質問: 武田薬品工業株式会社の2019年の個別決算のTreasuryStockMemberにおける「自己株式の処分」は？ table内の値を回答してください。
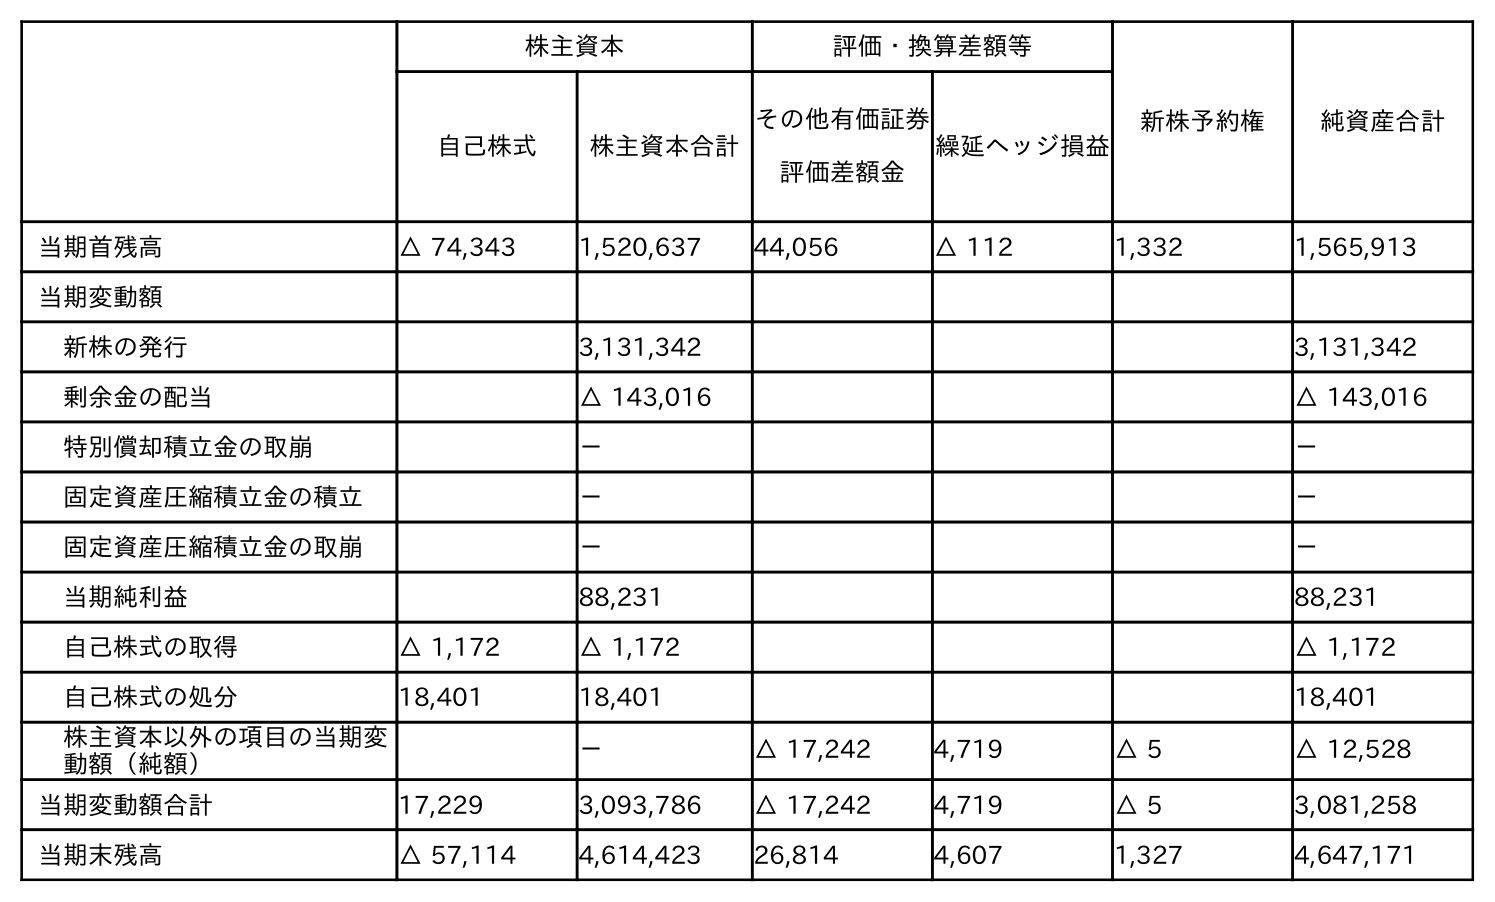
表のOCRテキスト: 株主資本 評価・換算差額等 新株予約権 純資産合計 自己株式 株主資本合計 その他有価証券 評価差額金 繰延ヘッジ損益 当期首残高 △ 74,343 1,520,637 44,056 △ 112 1,332 1,565,913 当期変動額 新株の発行 3,131,342 3,131,342 剰余金の配当 △ 143,016 △ 143,016 特別償却積立金の取崩 － － 固定資産圧縮積立金の積立 － － 固定資産圧縮積立金の取崩 － － 当期純利益 88,231 88,231 自己株式の取得 △ 1,172 △ 1,172 △ 1,172 自己株式の処分 18,401 18,401 18,401 株主資本以外の項目の当期変 動額（純額） － △ 17,242 4,719 △ 5 △ 12,528 当期変動額合計 17,229 3,093,786 △ 17,242 4,719 △ 5 3,081,258 当期末残高 △ 57,114 4,614,423 26,814 4,607 1,327 4,647,171
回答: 18,401